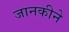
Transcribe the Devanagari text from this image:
जानकीने